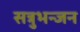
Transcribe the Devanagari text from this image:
सत्रुभन्जन